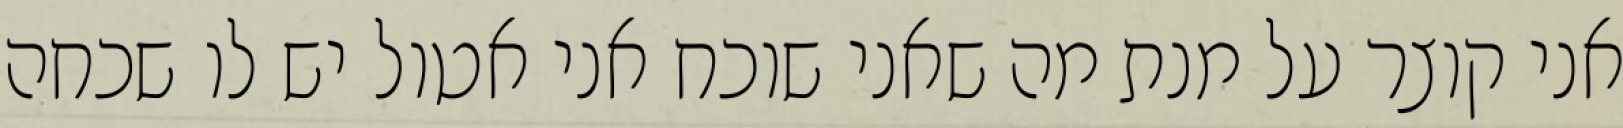
אני קוצר על מנת מה שאני שוכח אני אטול יש לו שכחה